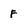
Character: f